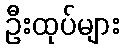
ဦးထုပ်များ